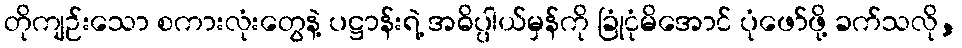
တိုကျဉ်းသော စကားလုံးတွေနဲ့ ပဋ္ဌာန်းရဲ့ အဓိပ္ပါယ်မှန်ကို ခြုံငုံမိအောင် ပုံဖော်ဖို့ ခက်သလို,